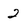
Character: 2